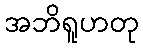
အဘိရူဟတု